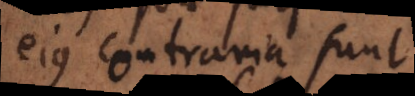
ejus contraria sunt.